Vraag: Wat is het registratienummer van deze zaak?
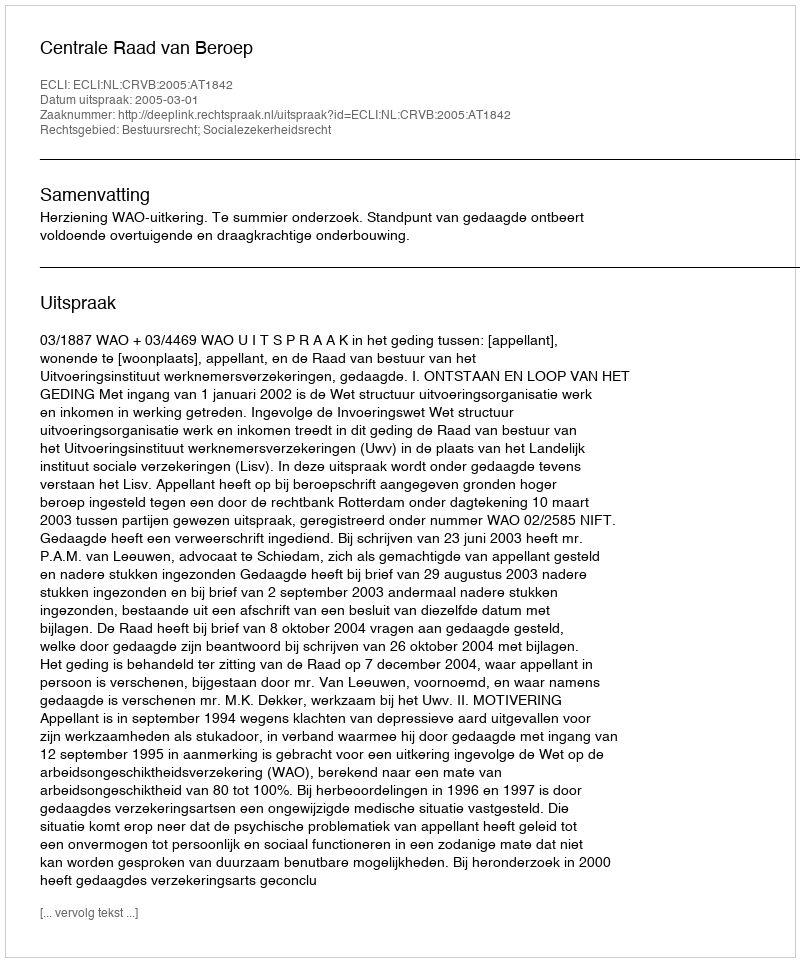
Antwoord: http://deeplink.rechtspraak.nl/uitspraak?id=ECLI:NL:CRVB:2005:AT1842